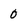
Character: 0